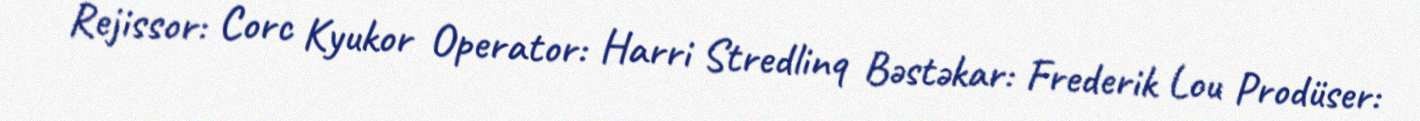
Rejissor: Corc Kyukor Operator: Harri Stredlinq Bəstəkar: Frederik Lou Prodüser: